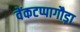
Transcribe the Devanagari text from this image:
वेंकटप्पागौड़ा